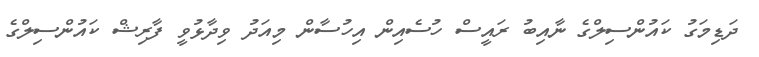
ދަޑިމަގު ކައުންސިލްގެ ނާއިބު ރައީސް ހުސެއިން އިހުސާން މިއަދު ވިދާޅުވީ ފާރިޝް ކައުންސިލްގެ